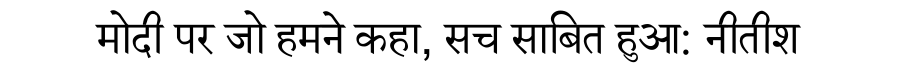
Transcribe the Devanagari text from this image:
मोदी पर जो हमने कहा, सच साबित हुआ: नीतीश